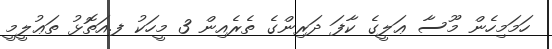
ހަމަމިހެން މޫސާ ޢަލީގެ ކާފަ ދަރިންގެ ތެރެއިން 3 މީހަކު ފ.އަތޮޅު ތަޢުލީމީ